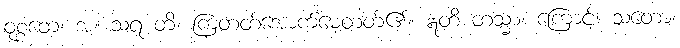
ဝုစ္စတေ၊ အံ့။ သရ တိ၊ ကြံတတ်အောက်မေ့တတ်၏။ ဣတိ တသ္မာ၊ ကြောင့်။ သတော၊